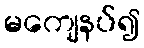
မကျေနပ်၍